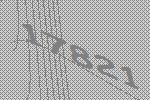
17821